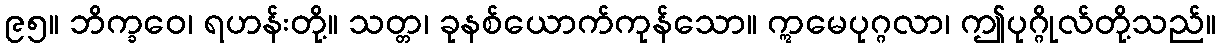
၉၅။ ဘိက္ခဝေ၊ ရဟန်းတို့။ သတ္တ၊ ခုနစ်ယောက်ကုန်သော။ ဣမေပုဂ္ဂလာ၊ ဤပုဂ္ဂိုလ်တို့သည်။